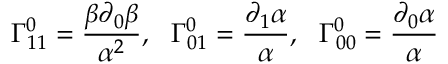
\Gamma _ { 1 1 } ^ { 0 } = \frac { \beta \partial _ { 0 } \beta } { \alpha ^ { 2 } } , \ \ \Gamma _ { 0 1 } ^ { 0 } = \frac { \partial _ { 1 } \alpha } { \alpha } , \ \ \Gamma _ { 0 0 } ^ { 0 } = \frac { \partial _ { 0 } \alpha } { \alpha }